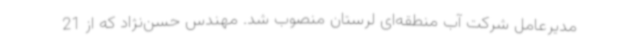
مدیرعامل شرکت آب منطقه‌ای لرستان منصوب شد. مهندس حسن‌نژاد که از 21